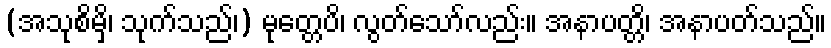
(အသုစိမှိ၊ သုက်သည်၊) မုတ္တေပိ၊ လွတ်သော်လည်း။ အနာပတ္တိ၊ အနာပတ်သည်။